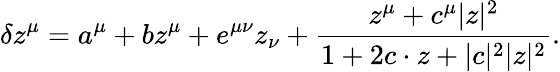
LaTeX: \delta z^{\mu}=a^{\mu}+bz^{\mu}+e^{\mu\nu}z_{\nu}+\frac{z^{\mu}+c^{\mu}|z|^{2}}{1+2c\cdot z+|c|^{2}|z|^{2}}.